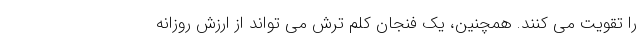
را تقویت می کنند. همچنین، یک فنجان کلم ترش می تواند از ارزش روزانه